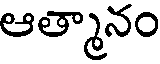
ఆత్మానం